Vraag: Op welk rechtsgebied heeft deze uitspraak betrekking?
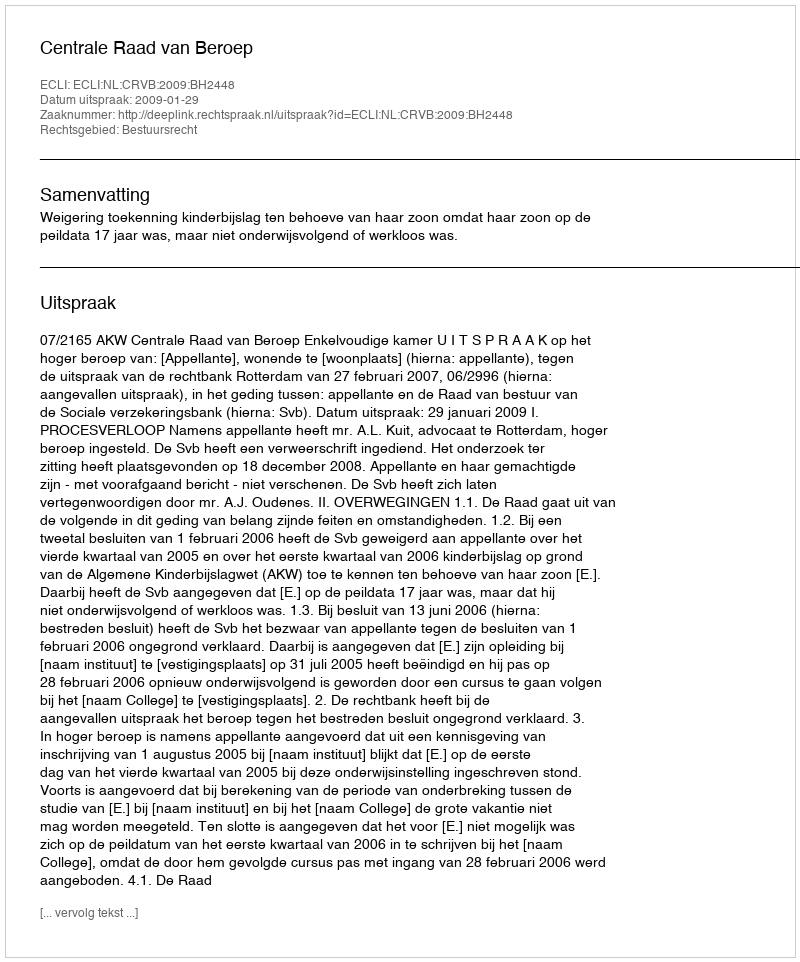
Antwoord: Bestuursrecht